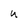
Character: U